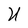
Character: U